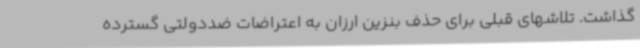
گذاشت. تلاشهای قبلی برای حذف بنزین ارزان به اعتراضات ضددولتی گسترده